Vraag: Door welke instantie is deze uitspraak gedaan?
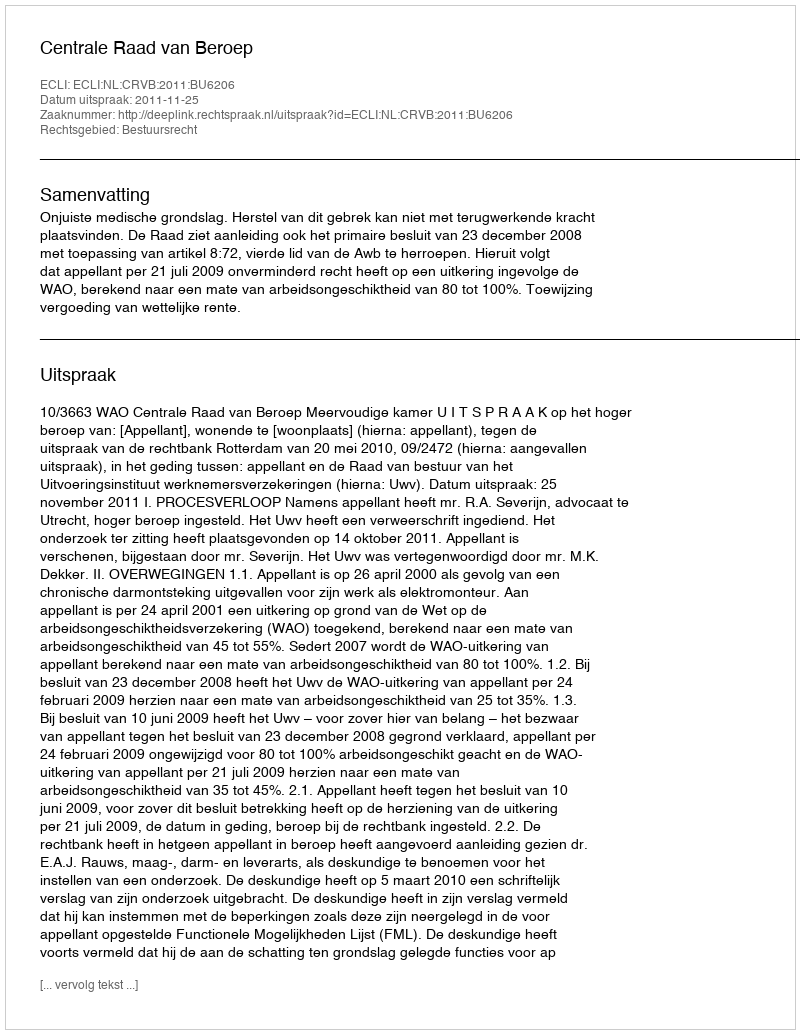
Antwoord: Centrale Raad van Beroep